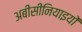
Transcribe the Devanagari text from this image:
अबीसीनियाइयों